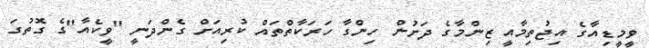
ވީމީޑިއާގެ އިޖުތިމާއީ ޒިންމާގެ ދަށުން ހިންގާ ހަރަކާތްތައް ކުރިއަށް ގެންދަނީ "ވީކެއާ"ގެ ގޮތުގަ